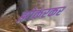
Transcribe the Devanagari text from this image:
झोकरकर